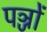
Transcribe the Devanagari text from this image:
पञ्जों